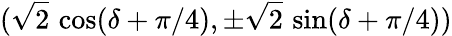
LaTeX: (\sqrt 2\, \cos(\delta+\pi/4),\pm\sqrt 2\, \sin(\delta+\pi/4))